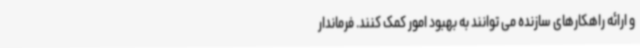
و ارائه راهکارهای سازنده می توانند به بهبود امور کمک کنند. فرماندار